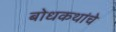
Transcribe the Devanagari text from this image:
बोधकथांचे